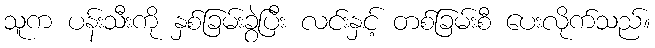
သူက ပန်းသီးကို နှစ်ခြမ်းခွဲပြီး လင်းနှင့် တစ်ခြမ်းစီ ပေးလိုက်သည်။